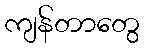
ကျန်တာတွေ